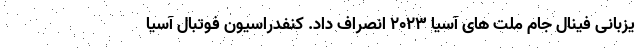
یزبانی فینال جام ملت های آسیا ۲۰۲۳ انصراف داد. کنفدراسیون فوتبال آسیا